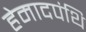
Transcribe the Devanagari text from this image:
हेमादपंथि